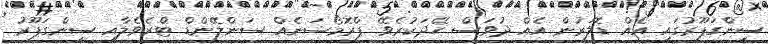
ސިންގަޕޫރުގައި އެއް ޑޮލަރުން އެއް ދުވަސް ހޭދަކުރެވޭ ޕްރޮމޯޝަނެއް ސަންލޭންޑް ޓްރެވެލާއި ސިންގަޕޫރު